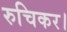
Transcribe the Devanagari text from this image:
रुचिकर।